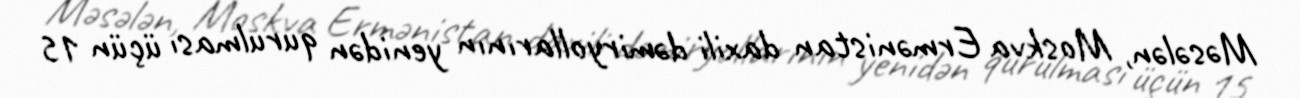
Məsələn, Moskva Ermənistan daxili dəmiryollarının yenidən qurulması üçün 15